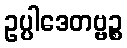
ဥပ္ပါဒေတဗ္ဗဉ္စ